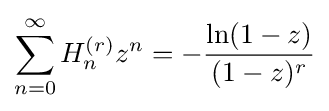
\sum _{n=0}^{\infty }H_{n}^{(r)}z^{n}=-{\frac {\ln(1-z)}{(1-z)^{r}}}